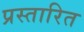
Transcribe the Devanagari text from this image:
प्रस्तारित